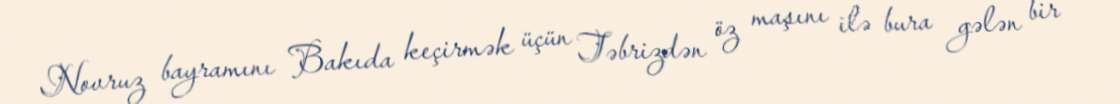
Novruz bayramını Bakıda keçirmək üçün Təbrizdən öz maşını ilə bura gələn bir